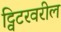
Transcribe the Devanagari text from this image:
ट्विटरवरील